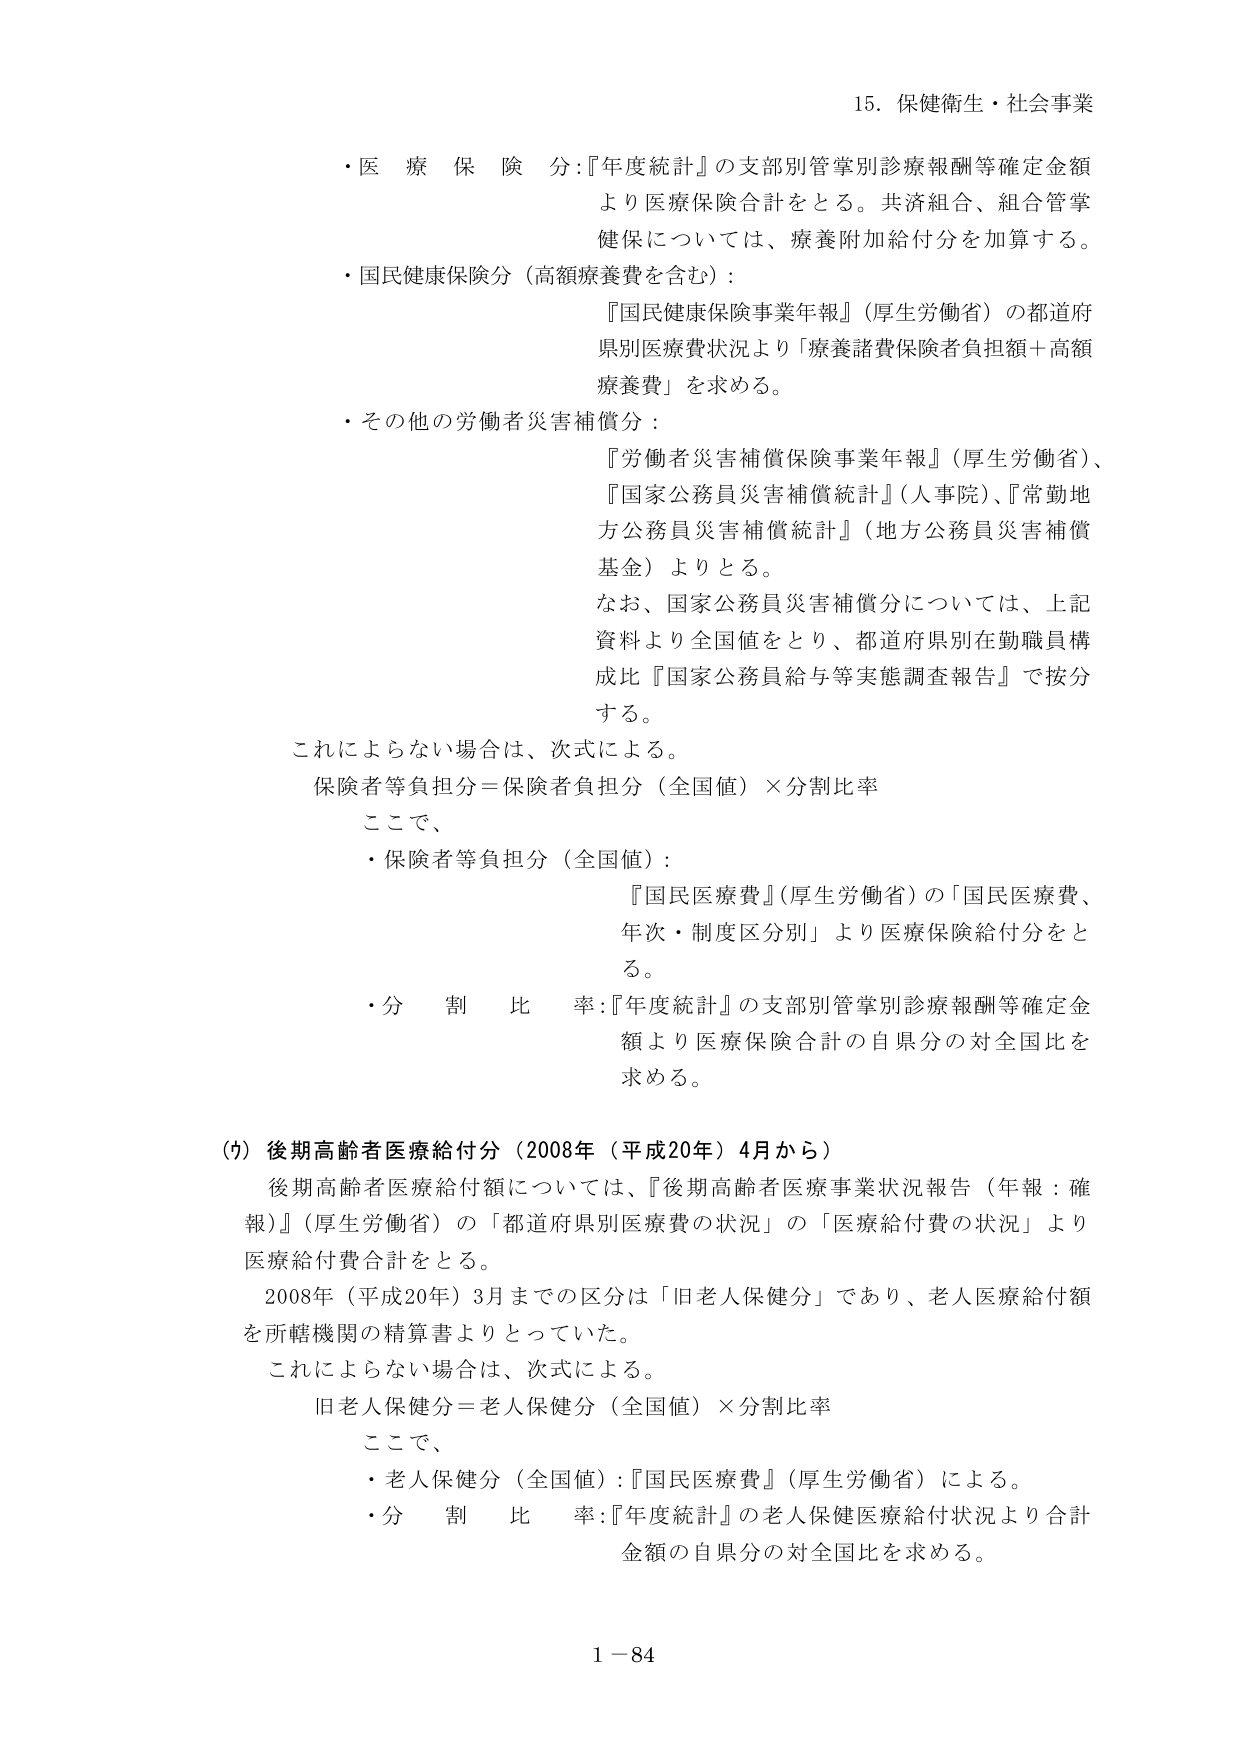
15. 保健衛生・社会事業

・医療保険分：『年度統計』の支部別管掌別診療報酬等確定金額より医療保険合計をとる。共済組合、組合管掌健保については、療養附加給付分を加算する。

・国民健康保険分（高額療養費を含む）：
『国民健康保険事業年報』（厚生労働省）の都道府県別医療費状況より「療養諸費保険者負担額＋高額療養費」を求める。

・その他の労働者災害補償分：
『労働者災害補償保険事業年報』（厚生労働省）、『国家公務員災害補償統計』（人事院）、『常勤地方公務員災害補償統計』（地方公務員災害補償基金）よりとる。
なお、国家公務員災害補償分については、上記資料より全国値をとり、都道府県別在勤職員構成比『国家公務員給与等実態調査報告』で按分する。

これによらない場合は、次式による。
保険者等負担分＝保険者負担分（全国値）×分割比率

ここで、
・保険者等負担分（全国値）：
『国民医療費』（厚生労働省）の「国民医療費、年次・制度区分別」より医療保険給付分をとる。

・分割比率：『年度統計』の支部別管掌別診療報酬等確定金額より医療保険合計の自県分の対全国比を求める。

(7) 後期高齢者医療給付分（2008年（平成20年）4月から）
後期高齢者医療給付額については、『後期高齢者医療事業状況報告（年報：確報）』（厚生労働省）の「都道府県別医療費の状況」の「医療給付費の状況」より医療給付費合計をとる。
2008年（平成20年）3月までの区分は「旧老人保健分」であり、老人医療給付額を所轄機関の精算書よりとっていた。
これによらない場合は、次式による。
旧老人保健分＝老人保健分（全国値）×分割比率

ここで、
・老人保健分（全国値）：『国民医療費』（厚生労働省）による。
・分割比率：『年度統計』の老人保健医療給付状況より合計金額の自県分の対全国比を求める。

1－84